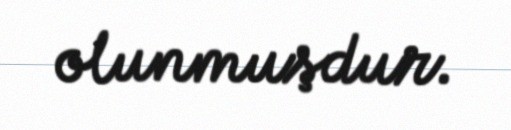
olunmuşdur.